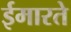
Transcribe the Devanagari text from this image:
ईमारते